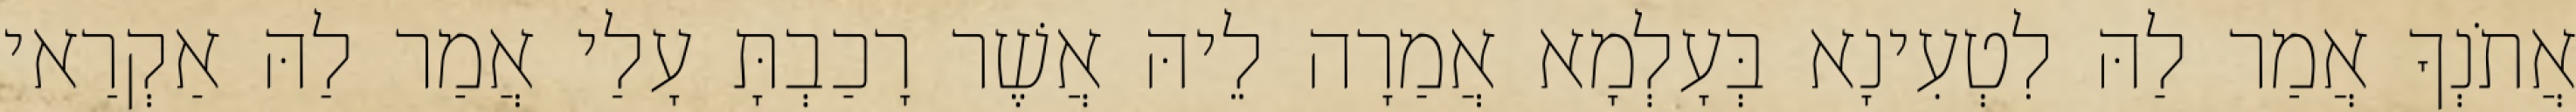
אֲתֹנְךָ אֲמַר לַהּ לִטְעִינָא בְּעָלְמָא אֲמַרָה לֵיהּ אֲשֶׁר רָכַבְתָּ עָלַי אֲמַר לַהּ אַקְרַאי